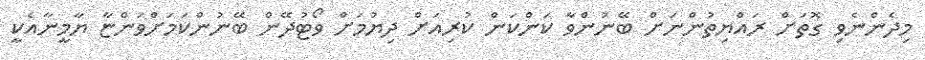
މިދެންނެވި ގޮތަށް ރައްޔިތުންނަށް ބޭނުންވާ ކަންކަން ކުރިއަށް ދިޔުމަށް ވޯޓުދޭން ބޭނުންކަމަށްވަންޏާ ޔާމީނާއެކީ